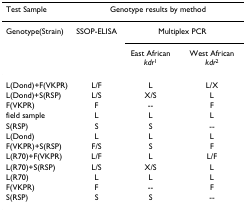
<table><thead><tr><td><b>Test Sample</b></td><td colspan="3"><b>Genotype results by method</b></td></tr></thead><tbody><tr><td>Genotype(Strain)</td><td>SSOP-ELISA</td><td colspan="2">Multiplex PCR</td></tr><tr><td></td><td></td><td>East African <i>kdr</i><sup>1</sup></td><td>West African <i>kdr</i><sup>2</sup></td></tr><tr><td>L(Dond)+F(VKPR)</td><td>L/F</td><td>L</td><td>L/X</td></tr><tr><td>L(Dond)+S(RSP)</td><td>L/S</td><td>X/S</td><td>L</td></tr><tr><td>F(VKPR)</td><td>F</td><td>--</td><td>F</td></tr><tr><td>field sample</td><td>L</td><td>L</td><td>L</td></tr><tr><td>S(RSP)</td><td>S</td><td>S</td><td>--</td></tr><tr><td>L(Dond)</td><td>L</td><td>L</td><td>L</td></tr><tr><td>F(VKPR)+S(RSP)</td><td>F/S</td><td>S</td><td>F</td></tr><tr><td>L(R70)+F(VKPR)</td><td>L/F</td><td>L</td><td>L/F</td></tr><tr><td>L(R70)+S(RSP)</td><td>L/S</td><td>X/S</td><td>L</td></tr><tr><td>L(R70)</td><td>L</td><td>L</td><td>L</td></tr><tr><td>F(VKPR)</td><td>F</td><td>--</td><td>F</td></tr><tr><td>S(RSP)</td><td>S</td><td>S</td><td>--</td></tr></tbody></table>